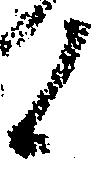
候